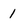
Character: 1